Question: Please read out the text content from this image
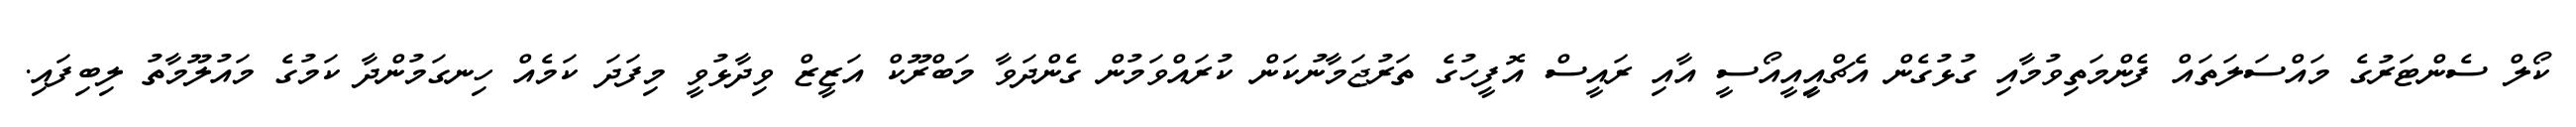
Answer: ކޯލް ސެންޓަރުގެ މައްސަލަތައް ފެންމަތިވުމާއި ގުޅުގެން އެޗްއިީއީއޯސީ އާއި ރައީސް އޮފީހުގެ ތަރުޖަމާނުކަން ކުރައްވަމުން ގެންދަވާ މަބްރޫކް އަޒީޒް ވިދާޅުވީ މިފަދަ ކަމެއް ހިނގަމުންދާ ކަމުގެ މައުލޫމާތު ލިބިފައި.